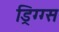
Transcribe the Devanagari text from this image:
ड्रिग्ग्स